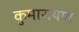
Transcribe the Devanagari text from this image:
कुमारायण